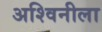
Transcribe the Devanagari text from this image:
अश्विनीला